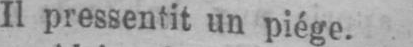
Il pressentit un piège.